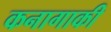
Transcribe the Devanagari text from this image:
कनागाकी